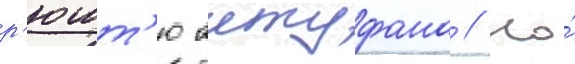
р'юшт'ю аитуфана // Но́